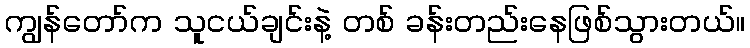
ကျွန်တော်က သူငယ်ချင်းနဲ့ တစ် ခန်းတည်းနေဖြစ်သွားတယ်။